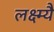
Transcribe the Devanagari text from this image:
लक्ष्म्यै